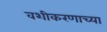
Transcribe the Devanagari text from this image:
वशीकरणाच्या